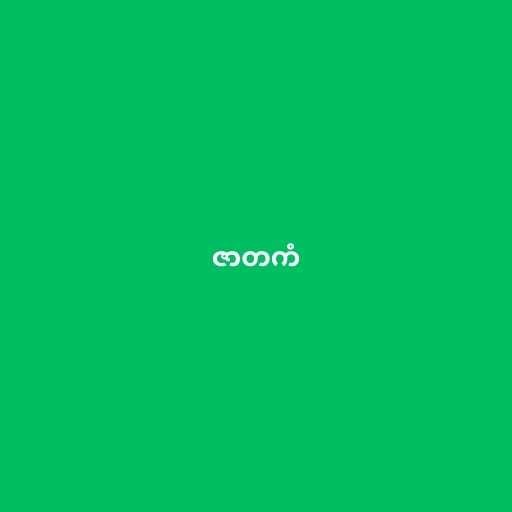
ဇာတကံ